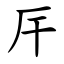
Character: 厈